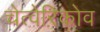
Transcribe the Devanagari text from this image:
चेत्वेरिकोव